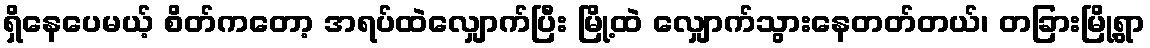
ရှိနေပေမယ့် စိတ်ကတော့ အရပ်ထဲလျှောက်ပြီး မြို့ထဲ လျှောက်သွားနေတတ်တယ်၊ တခြားမြို့ရွာ